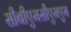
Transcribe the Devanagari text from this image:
सीबीएमसीएमएम